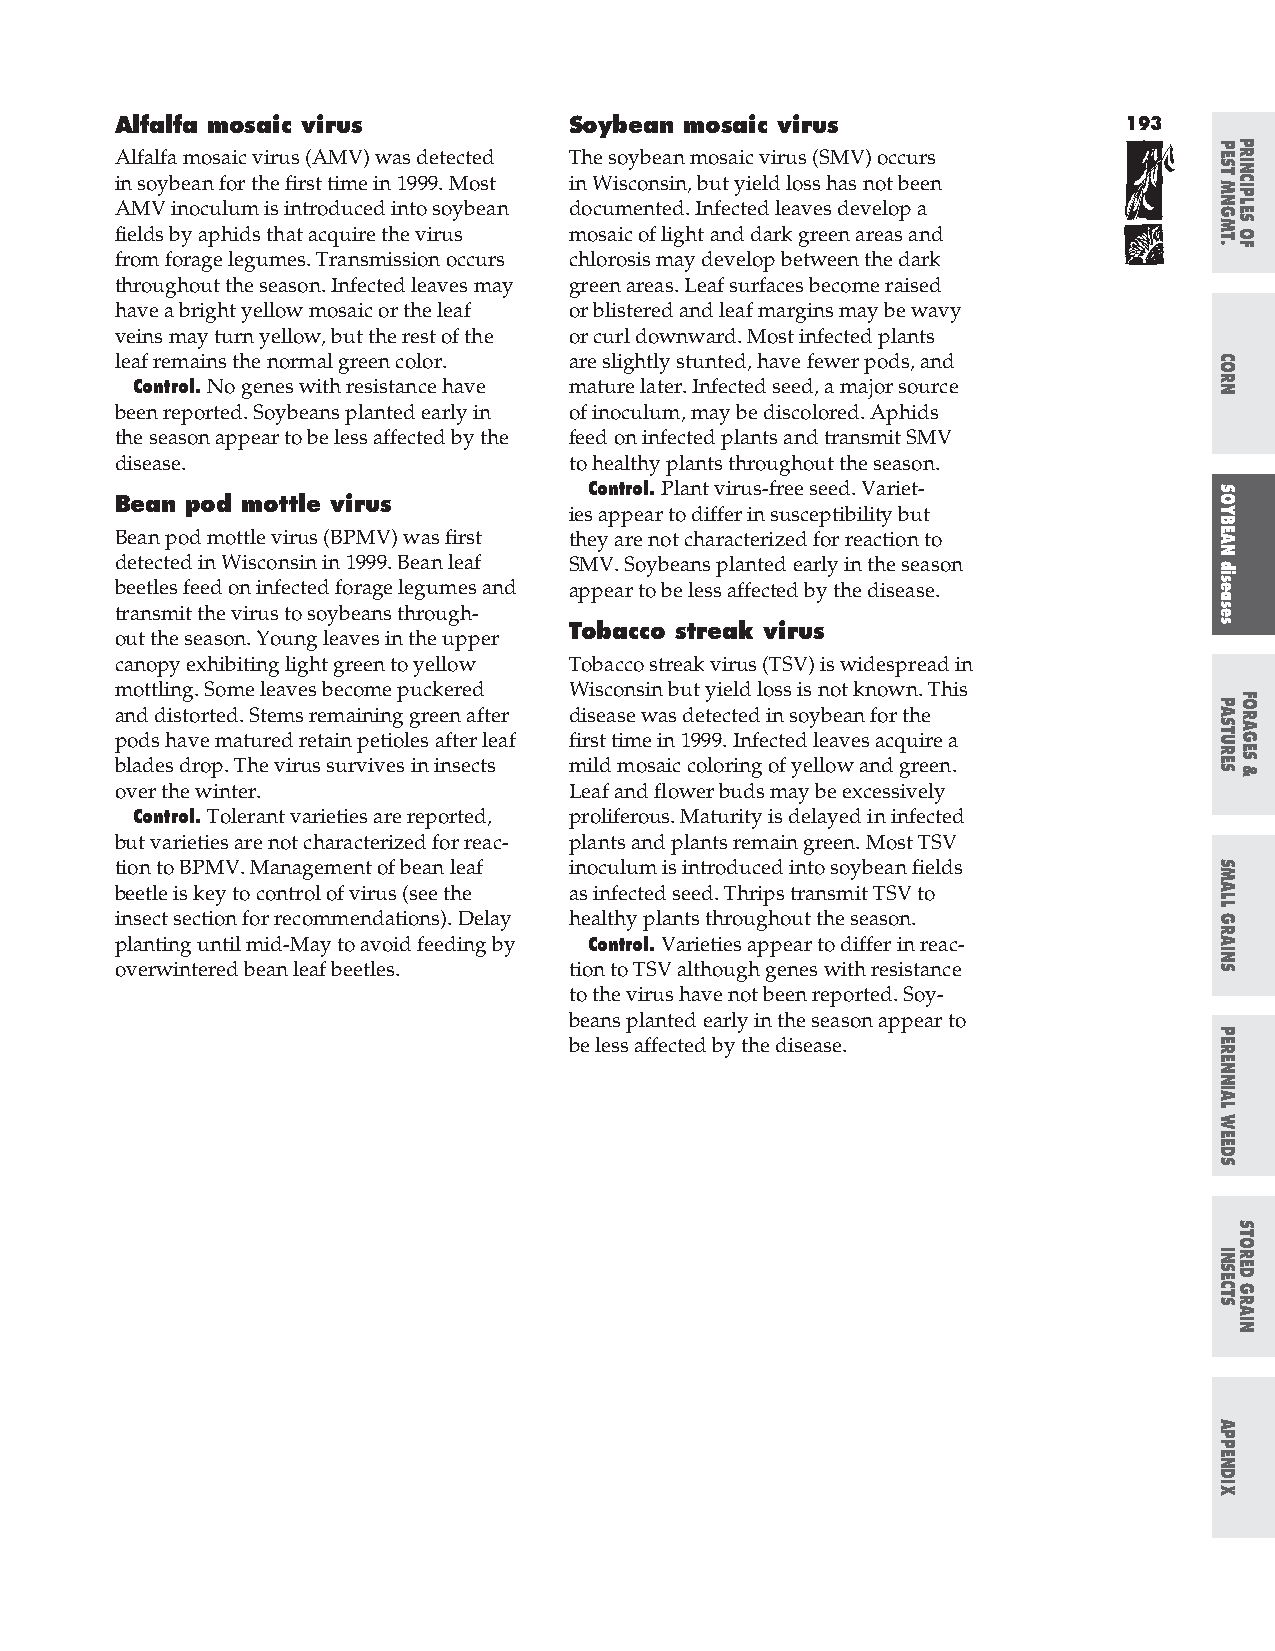
Alfalfa mosaic virus          Soybean mosaic virus                193
 Alfalfa mosaic virus (AMV) was detected The soybean mosaic virus (SMV) occurs
 in soybean for the first time in 1999. Most in Wisconsin, but yield loss has not been
 AMV inoculum is introduced into soybean documented. Infected leaves develop a
 fields by aphids that acquire the virus mosaic of light and dark green areas and
 from forage legumes. Transmission occurs chlorosis may develop between the dark
 throughout the season. Infected leaves may green areas. Leaf surfaces become raised
 have a bright yellow mosaic or the leaf or blistered and leaf margins may be wavy
 veins may turn yellow, but the rest of the or curl downward. Most infected plants
 leaf remains the normal green color. are slightly stunted, have fewer pods, and
 Control. No genes with resistance have mature later. Infected seed, a major source
 been reported. Soybeans planted early in of inoculum, may be discolored. Aphids
 the season appear to be less affected by the feed on infected plants and transmit SMV
 disease.                      to healthy plants throughout the season.
 Control. Plant virus-free seed. Variet-
 Bean pod mottle virus
 ies appear to differ in susceptibility but
 Bean pod mottle virus (BPMV) was first they are not characterized for reaction to
 detected in Wisconsin in 1999. Bean leaf SMV. Soybeans planted early in the season
 beetles feed on infected forage legumes and appear to be less affected by the disease.
 transmit the virus to soybeans through-
 Tobacco streak virus
 out the season. Young leaves in the upper
 canopy exhibiting light green to yellow Tobacco streak virus (TSV) is widespread in
 mottling. Some leaves become puckered Wisconsin but yield loss is not known. This
 and distorted. Stems remaining green after disease was detected in soybean for the
 pods have matured retain petioles after leaf first time in 1999. Infected leaves acquire a
 blades drop. The virus survives in insects mild mosaic coloring of yellow and green.
 over the winter.              Leaf and flower buds may be excessively
 Control. Tolerant varieties are reported, proliferous. Maturity is delayed in infected
 but varieties are not characterized for reac- plants and plants remain green. Most TSV
 tion to BPMV. Management of bean leaf inoculum is introduced into soybean fields
 beetle is key to control of virus (see the as infected seed. Thrips transmit TSV to
 insect section for recommendations). Delay healthy plants throughout the season.
 planting until mid-May to avoid feeding by Control. Varieties appear to differ in reac-
 overwintered bean leaf beetles. tion to TSV although genes with resistance
 to the virus have not been reported. Soy-
 beans planted early in the season appear to
 be less affected by the disease.
 PEST
 MNGMT.
 CORN
 SOYBEAN
 diseases
 PASTURES
 SMALL
 GRAINS
 PERENNIAL
 WEEDS
 INSECTS
 APPENDIX
 PRINCIPLES
 OF
 FORAGES
 &
 STORED
 GRAIN